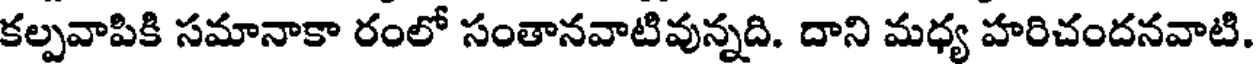
కల్పవాపికి సమానాకా రంలో సంతానవాటివున్నది. దాని మధ్య హరిచందనవాటి.